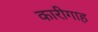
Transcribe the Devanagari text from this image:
कारीगाह